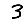
Digit: 3